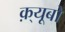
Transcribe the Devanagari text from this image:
क़्यूबो